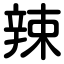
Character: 辣